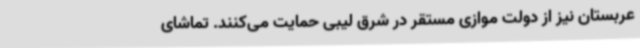
عربستان نیز از دولت موازی مستقر در شرق لیبی حمایت می‌کنند. تماشای